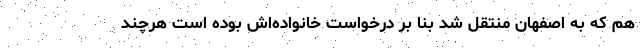
هم که به اصفهان منتقل شد بنا بر درخواست خانواده‌اش بوده است هرچند